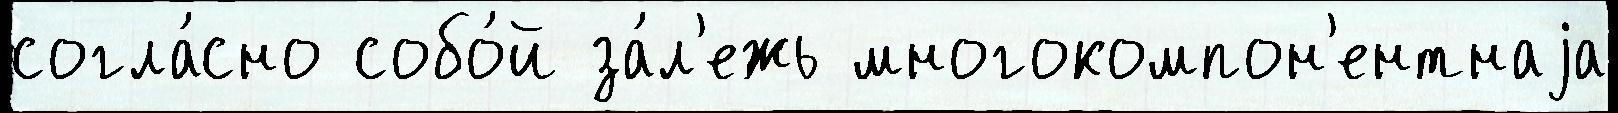
согла́сно собо́й за́л'ежь многокомпон'ентнаjа